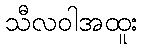
သီလဝါအထူး